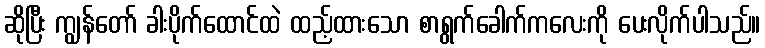
ဆိုပြီး ကျွန်တော် ခါးပိုက်ထောင်ထဲ ထည့်ထားသော စာရွက်ခေါက်ကလေးကို ပေးလိုက်ပါသည်။